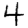
Digit: 4